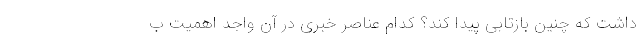
داشت که چنین بازتابی پیدا کند؟ کدام عناصر خبری در آن واجد اهمیت ب